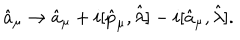
LaTeX: \hat { a } _ { \mu } \rightarrow \hat { a } _ { \mu } + i [ \hat { p } _ { \mu } , \hat { \lambda } ] - i [ \hat { a } _ { \mu } , \hat { \lambda } ] .